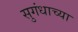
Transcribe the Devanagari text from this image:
सुगंधाच्या